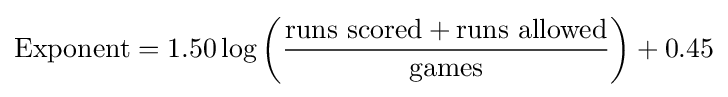
\mathrm {Exponent} =1.50\log \left({\frac {{\text{runs scored}}+{\text{runs allowed}}}{\text{games}}}\right)+0.45